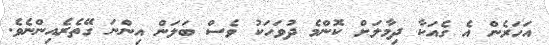
އަހަރެން އެ ގެއަކާ ދިމާލަށް ކޮންމެ ދުވަހަކު ވެސް ބަލަން އިންނަ ގޭތެރެއިންނެވެ.